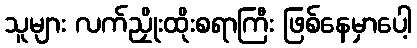
သူများ လက်ညှိုးထိုးစရာကြီး ဖြစ်နေမှာပေါ့